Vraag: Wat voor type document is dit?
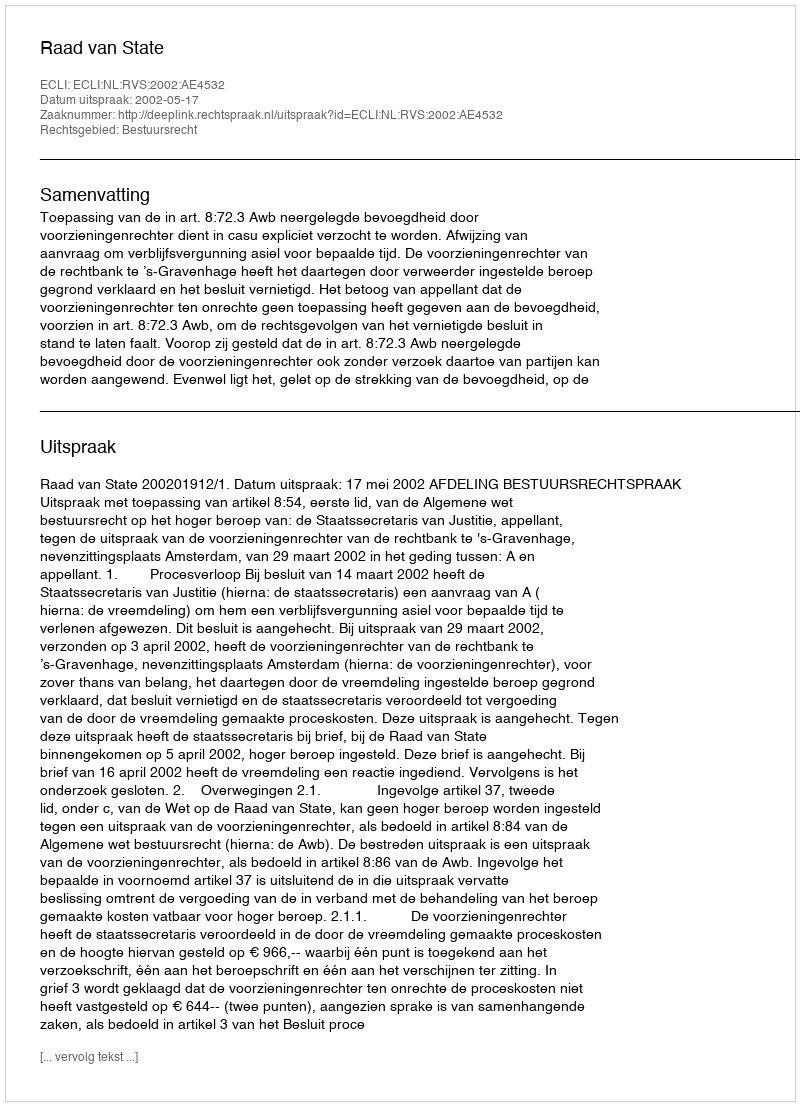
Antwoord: Uitspraak